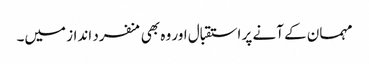
مہمان کے آنے پر استقبال اور وہ بھی منفرد انداز میں۔